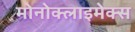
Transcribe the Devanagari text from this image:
मोनोक्लाइमेक्स